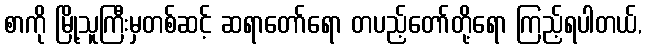
စာကို မြို့သူကြီးမှတစ်ဆင့် ဆရာတော်ရော တပည့်တော်တို့ရော ကြည့်ရပါတယ်,